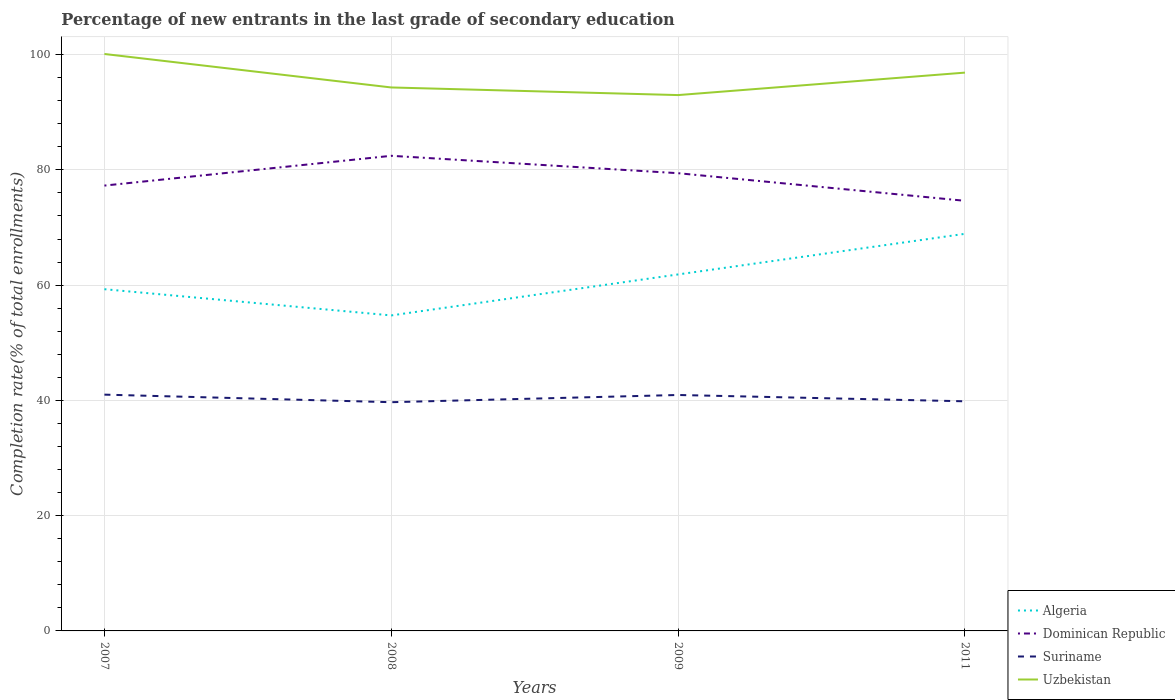
| Years | Algeria | Dominican Republic | Suriname | Uzbekistan |
 | --- | --- | --- | --- | --- |
 | 2007 | 59.3 | 77.3 | 41 | 100 |
 | 2008 | 54.7 | 82.4 | 39.7 | 94.3 |
 | 2009 | 61.9 | 79.4 | 40.9 | 93 |
 | 2011 | 68.9 | 74.6 | 39.8 | 96.9 |